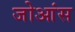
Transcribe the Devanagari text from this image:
जोआंस